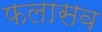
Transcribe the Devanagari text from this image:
फलासव